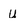
Character: U